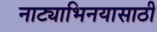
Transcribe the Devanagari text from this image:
नाट्याभिनयासाठी